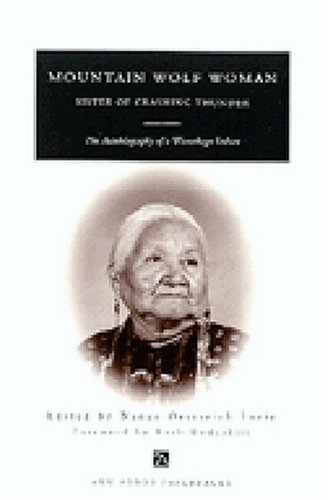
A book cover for Mountain Wolf Woman, Sister of Crashing Thunder: The Autobiography of a Winnebago Indian (Ann Arbor Paperbacks); Biographies & Memoirs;